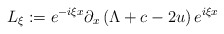
\begin{align*}L_\xi:=e^{-i\xi x}\partial_x\left(\Lambda+c-2u\right)e^{i\xi x}\end{align*}